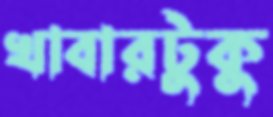
খাবারটুকু